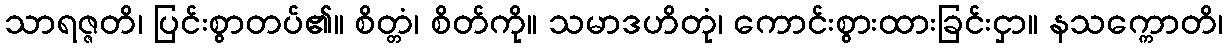
သာရဇ္ဇတိ၊ ပြင်းစွာတပ်၏။ စိတ္တံ၊ စိတ်ကို။ သမာဒဟိတုံ၊ ကောင်းစွားထားခြင်းငှာ။ နသက္ကောတိ၊